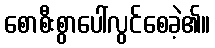
စောစီးစွာပေါ်လွင်စေခဲ့၏။